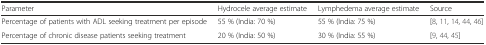
<table><thead><tr><td><b>Parameter</b></td><td><b>Hydrocele average estimate</b></td><td><b>Lymphedema average estimate</b></td><td><b>Source</b></td></tr></thead><tbody><tr><td>Percentage of patients with ADL seeking treatment per episode</td><td>55 % (India: 70 %)</td><td>55 % (India: 75 %)</td><td>[8, 11, 14, 44, 46]</td></tr><tr><td>Percentage of chronic disease patients seeking treatment</td><td>20 % (India: 50 %)</td><td>30 % (India: 55 %)</td><td>[9, 44, 45]</td></tr></tbody></table>